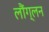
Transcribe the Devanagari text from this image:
लौंग्लन